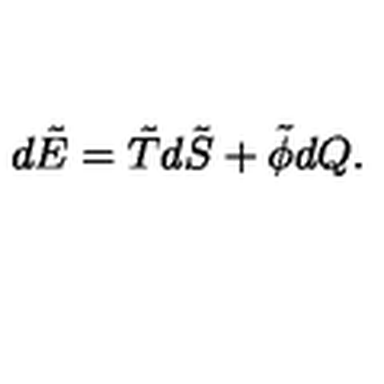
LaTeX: d \tilde { E } = \tilde { T } d \tilde { S } + \tilde { \phi } d Q .